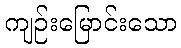
ကျဉ်းမြောင်းသော